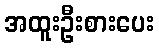
အထူးဦးစားပေး